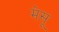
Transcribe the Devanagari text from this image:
मेसू